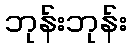
ဘုန်းဘုန်း